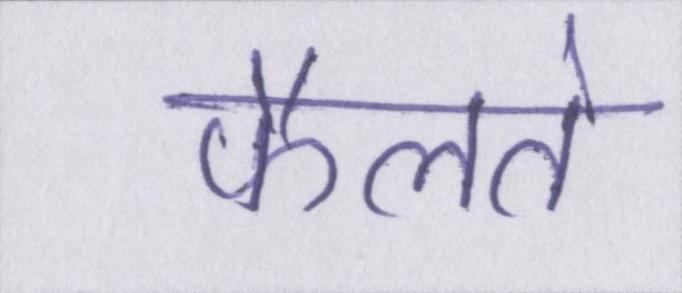
फैलते